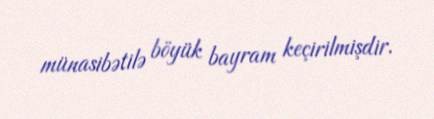
münasibətilə böyük bayram keçirilmişdir.